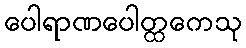
ပေါရာဏပေါတ္ထကေသု